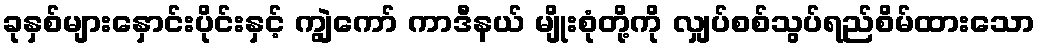
ခုနှစ်များနှောင်းပိုင်းနှင့် ကျွဲကော် ကာဒီနယ် မျိုးစုံတို့ကို လျှပ်စစ်သွပ်ရည်စိမ်ထားသော